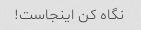
نگاه کن اینجاست!